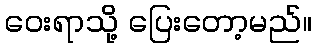
ဝေးရာသို့ ပြေးတော့မည်။